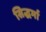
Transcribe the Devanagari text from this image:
सिद्धर्मा